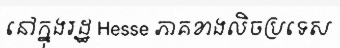
នៅក្នុងរដ្ឋ Hesse ភាគខាងលិចប្រទេស